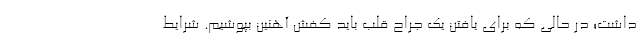
داشت؛ در حالی که برای یافتن یک جراح قلب باید کفش آهنین بپوشیم. شرایط